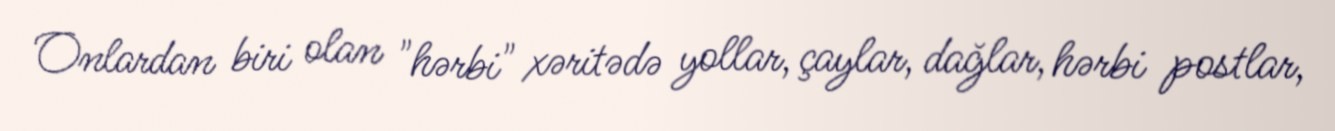
Onlardan biri olan "hərbi" xəritədə yollar, çaylar, dağlar, hərbi postlar,